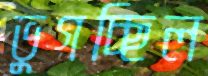
ভুগচ্ছিল